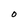
Character: O